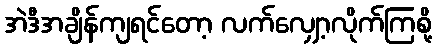
အဲဒီအချိန်ကျရင်တော့ လက်လျှော့လိုက်ကြစို့